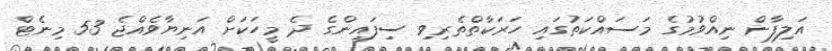
އަލިފާން ނިއްވުމުގެ މަސައްކަތުގައި ހަރަކާތްތެރިވި ސިފައިންގެ ދެ މީހަކަށް އަނިޔާވެއްޖެ 53 މިނެޓް